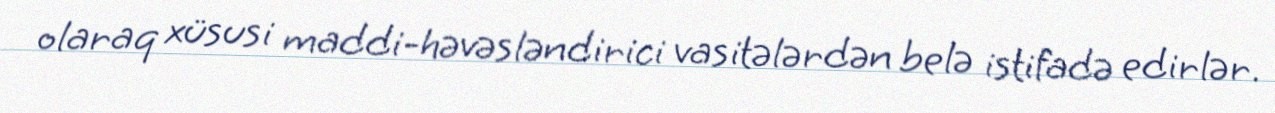
olaraq xüsusi maddi-həvəsləndirici vasitələrdən belə istifadə edirlər.